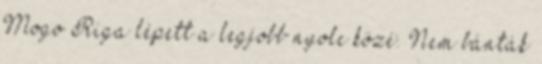
Mogo Riga lépett a legjobb nyolc közé. Nem bánták